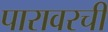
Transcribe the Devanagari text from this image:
पारावरची